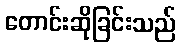
တောင်းဆိုခြင်းသည်